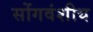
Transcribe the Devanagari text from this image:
सोंगवंशीय